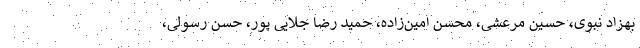
بهزاد نبوی، حسین مرعشی، محسن امین‌زاده، حمید رضا جلایی پور، حسن رسولی،